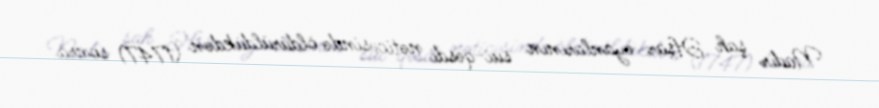
Nadir şah Əfşar əyanlarının sui-qəsdi nəticəsində öldürüldükdən (1747) sonra